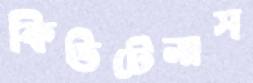
কিউটেনাস